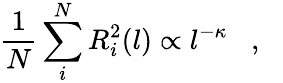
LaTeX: \frac{1}{N}\sum_{i}^{N}R_{i}^{2}(l)\propto l^{-\kappa}\, \, \, \, \, ,\, \, \, \, \,